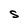
Character: S